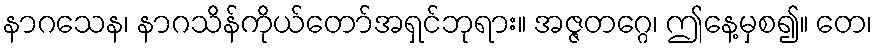
နာဂသေန၊ နာဂသိန်ကိုယ်တော်အရှင်ဘုရား။ အဇ္ဇတဂ္ဂေ၊ ဤနေ့မှစ၍။ တေ၊